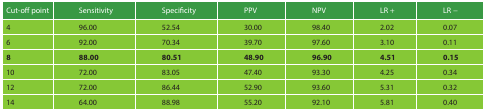
| Cut-off point | Sensitivity | Specificity | PPV | NPV | LR + | LR − |
 | --- | --- | --- | --- | --- | --- | --- |
 | 4 | 96.00 | 52.54 | 30.00 | 98.40 | 2.02 | 0.07 |
 | 6 | 92.00 | 70.34 | 39.70 | 97.60 | 3.10 | 0.11 |
 | 8 | 88.00 | 80.51 | 48.90 | 96.90 | 4.51 | 0.15 |
 | 10 | 72.00 | 83.05 | 47.40 | 93.30 | 4.25 | 0.34 |
 | 12 | 72.00 | 86.44 | 52.90 | 93.60 | 5.31 | 0.32 |
 | 14 | 64.00 | 88.98 | 55.20 | 92.10 | 5.81 | 0.40 |